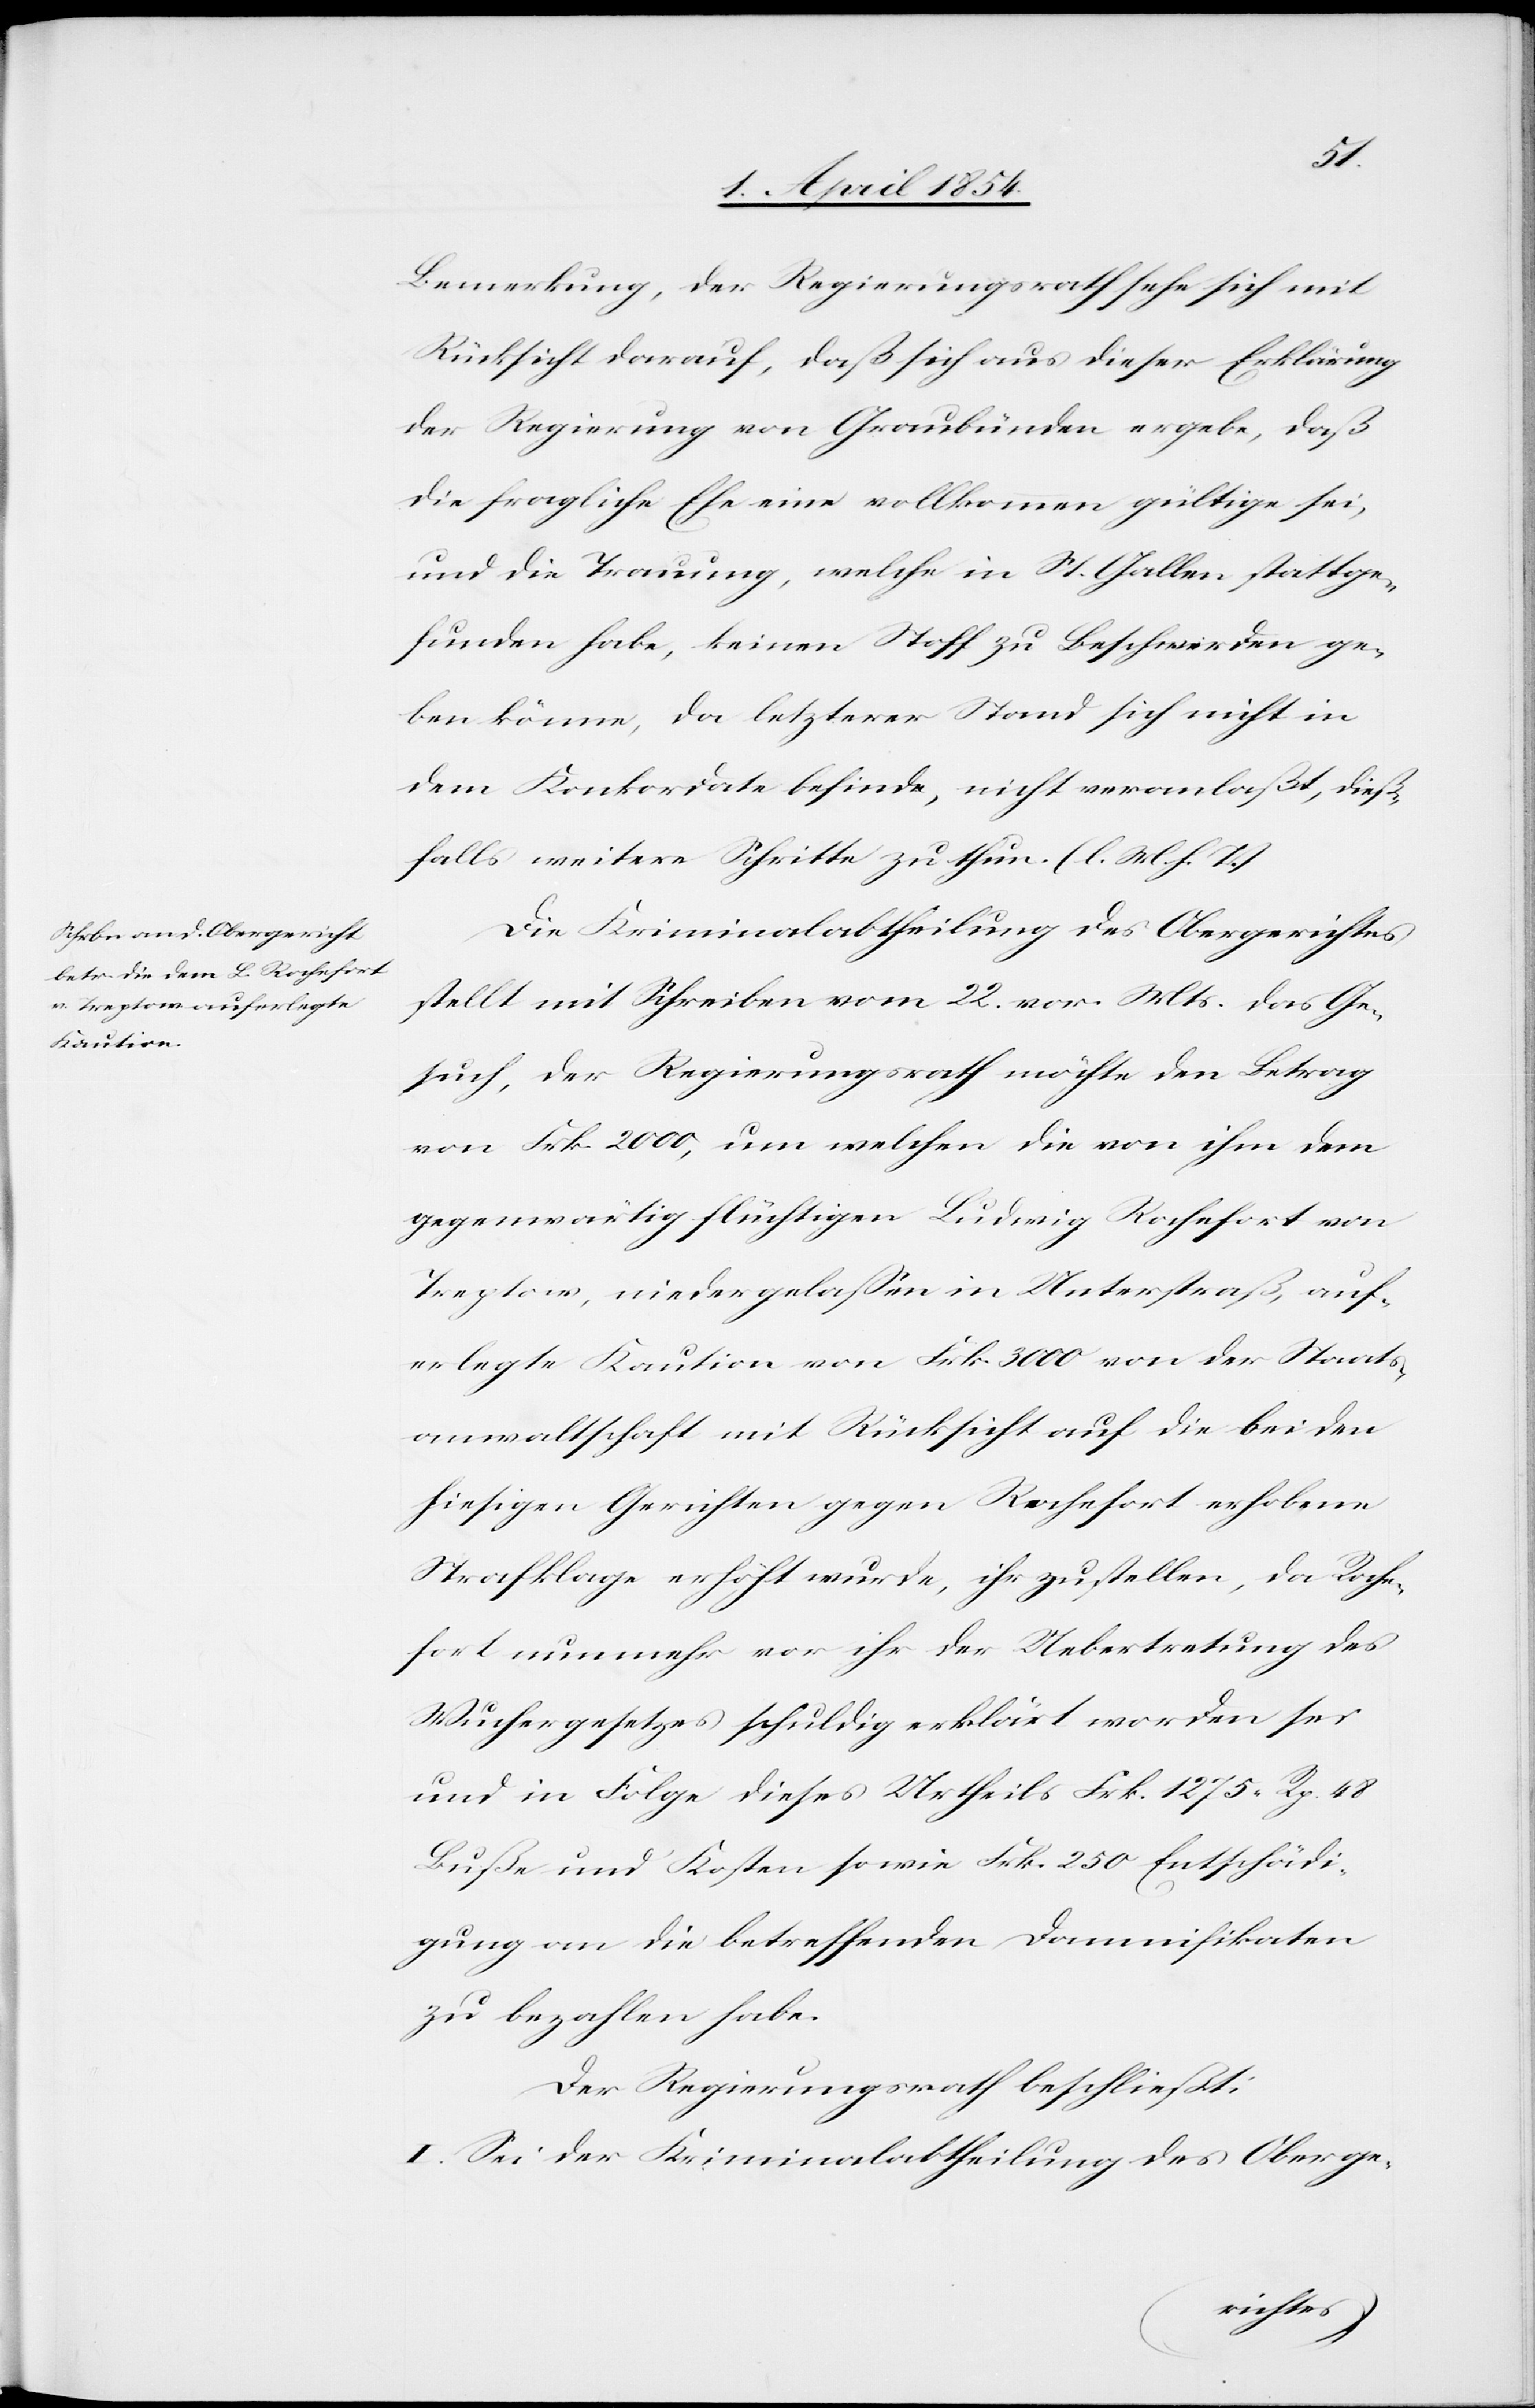
Bemerkung, der Regierungsrath sehe sich mit
Rücksicht drauf, daß sich aus dieser Erklärung
der Regierung von Graubünden ergebe, daß
die fragliche Ehe eine vollkommen gültige sei,
und die Trauung, welche in St. Gallen stattge¬
funden habe, keinen Stoff zu Beschwerden ge¬
ben könne, da letzterer Stand sich nicht in
dem Konkordate befinde, nicht veranlaßt, dieß¬
falls weitere Schritte zu thun. (l. M. h. T.)
Die Kriminalabtheilung des Obergerichtes
stellt mit Schreiben vom 22. vor. Mts das Ge¬
such der Regierungsrath möchte den Betrag
von Frk. 2000, um welchen die von ihm dem
gegenwärtig flüchtigen Ludwig Rochefort von
Treptow, niedergelaßen in Unterstraß, auf¬
erlegte Kaution von Frk. 3000 von der Staats¬
anwaltschaft mit Rücksicht auf die beiden
hiesigen Gerichten gegen Rochefort erhobene
Strafklage erhöht wurde, ihr zustellen, da Roche¬
fort nunmehr vor ihr der Uebertretung des
Wuchergesetzes schuldig erklärt worden sei
und in Folge dieses Urtheils Frk. 1275. Rp. 48
Buße und Kosten sowie Frk. 250 Entschädi¬
gung an die betreffenden Damnifikaten
zu bezahlen habe.
Der Regierungsrath beschließt:
I. Sei der Kriminalabtheilung des Oberge-